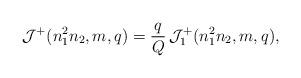
LaTeX: \begin{align*}\mathcal{J}^+(n_1^2n_2,m,q) = \frac{q}{Q}\, \mathcal{J}^+_1(n_1^2n_2,m,q), \end{align*}